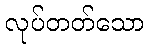
လုပ်တတ်သော